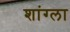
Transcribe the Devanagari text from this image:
शांग्ला